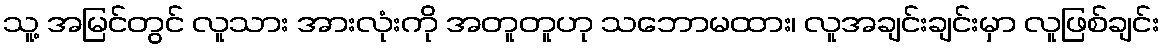
သူ့ အမြင်တွင် လူသား အားလုံးကို အတူတူဟု သဘောမထား၊ လူအချင်းချင်းမှာ လူဖြစ်ချင်း